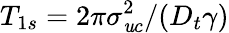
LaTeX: T_{1s}=2\pi\sigma_{\mathit{u}c}^{2}/(D_{t}\gamma)